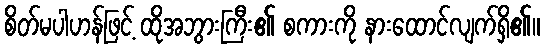
စိတ်မပါဟန်ဖြင့် ထိုအဘွားကြီး၏ စကားကို နားထောင်လျက်ရှိ၏။